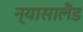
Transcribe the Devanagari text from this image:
न्यासालैंड